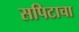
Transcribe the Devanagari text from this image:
सपिटाचा